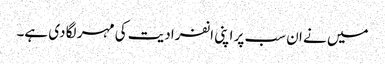
میں نے ان سب پر اپنی انفرادیت کی مہر لگا دی ہے۔